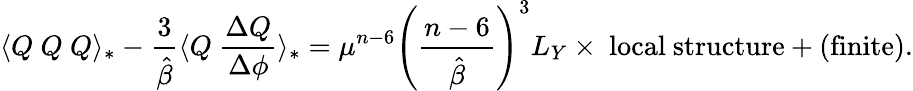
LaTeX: \langle Q~Q~Q\rangle_{*}-\frac{3}{\hat{\beta}}\langle Q~\frac{\Delta Q}{\Delta\phi}\rangle_{*}=\mu^{n-6}\left(\frac{n-6}{\hat{\beta}}\right)^{3}L_{Y}\times\ \mathrm{local\ structure}+(\mathrm{finite}).